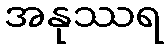
အနုဿရ